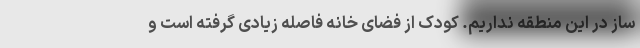
ساز در این منطقه نداریم. کودک از فضای خانه فاصله زیادی گرفته است و